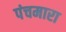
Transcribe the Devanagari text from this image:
पंचमारा